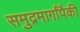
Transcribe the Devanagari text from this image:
समुद्रमार्गांपैकी